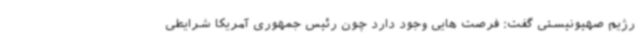
رژیم صهیونیستی گفت: فرصت هایی وجود دارد چون رئیس جمهوری آمریکا شرایطی